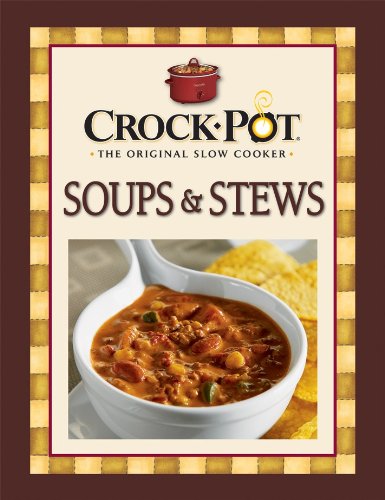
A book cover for Crock-Pot Soups & Stews Recipes; Publications International Staff; Cookbooks, Food & Wine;